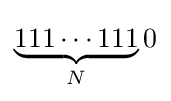
\underbrace {111\cdots 111} _{N}0